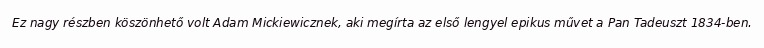
Ez nagy részben köszönhető volt Adam Mickiewicznek, aki megírta az első lengyel epikus művet a Pan Tadeuszt 1834-ben.